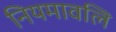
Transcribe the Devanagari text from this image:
नियमावलि